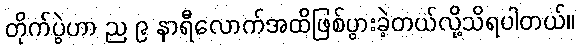
တိုက်ပွဲဟာ ည ၉ နာရီလောက်အထိဖြစ်ပွားခဲ့တယ်လို့သိရပါတယ်။